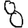
Digit: 8